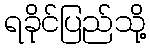
ရခိုင်ပြည်သို့